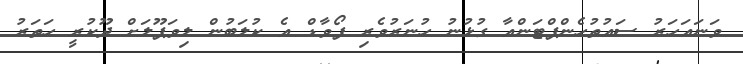
ވަނައަހަރު ސައުތުހެންޕްޓަންއާ ގުޅުނު ހުނަރުވެރި ފޯވާޑް އެ ކުލަބުން ލިވަޕޫލަށް ދޫކުރީ ހަތަރު